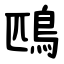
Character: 鴄